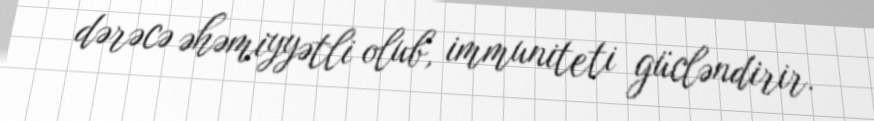
dərəcə əhəmiyyətli olub, immuniteti gücləndirir.